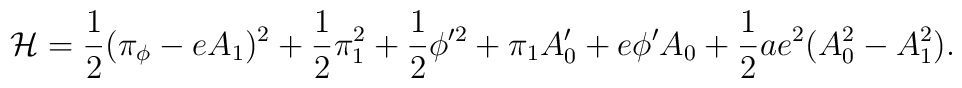
{\cal  H}=  {1\over  2}(\pi_\phi - eA_1)^2 +{1\over 2}\pi_1^2 + {1\over 2}\phi '^2 + \pi_1 A'_0 + e\phi 'A_0 +{1\over2} ae^2(A_0^2  -  A_1^2).